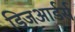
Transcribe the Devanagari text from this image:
डिजआर्डर्स